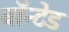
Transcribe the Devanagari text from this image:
वाॅन्टेड